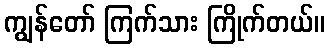
ကျွန်တော် ကြက်သား ကြိုက်တယ်။